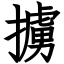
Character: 擄